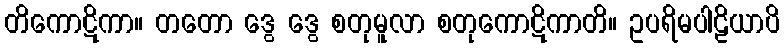
တိကောဋိကာ။ တတော ဒွေ ဒွေ စတုမူလာ စတုကောဋိကာတိ။ ဥပရိမပါဠိယာပိ